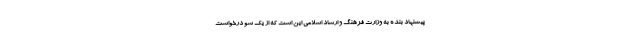
پیشنهاد بنده به وزارت فرهنگ و ارشاد اسلامی این است که از یک سو درخواست